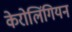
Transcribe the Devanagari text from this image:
केरोलिंगियन